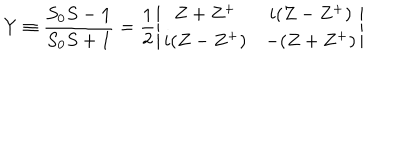
Y \equiv \frac { S _ { 0 } S - { \bf 1 } } { S _ { 0 } S + { \bf 1 } } = \frac { 1 } { 2 } \left| \begin{array} { c c } { { Z + Z ^ { + } } } & { { i ( Z - Z ^ { + } ) } } \\ { { i ( Z - Z ^ { + } ) } } & { { - ( Z + Z ^ { + } ) } } \\ \end{array} \right|